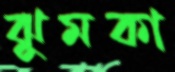
ঝুমকা